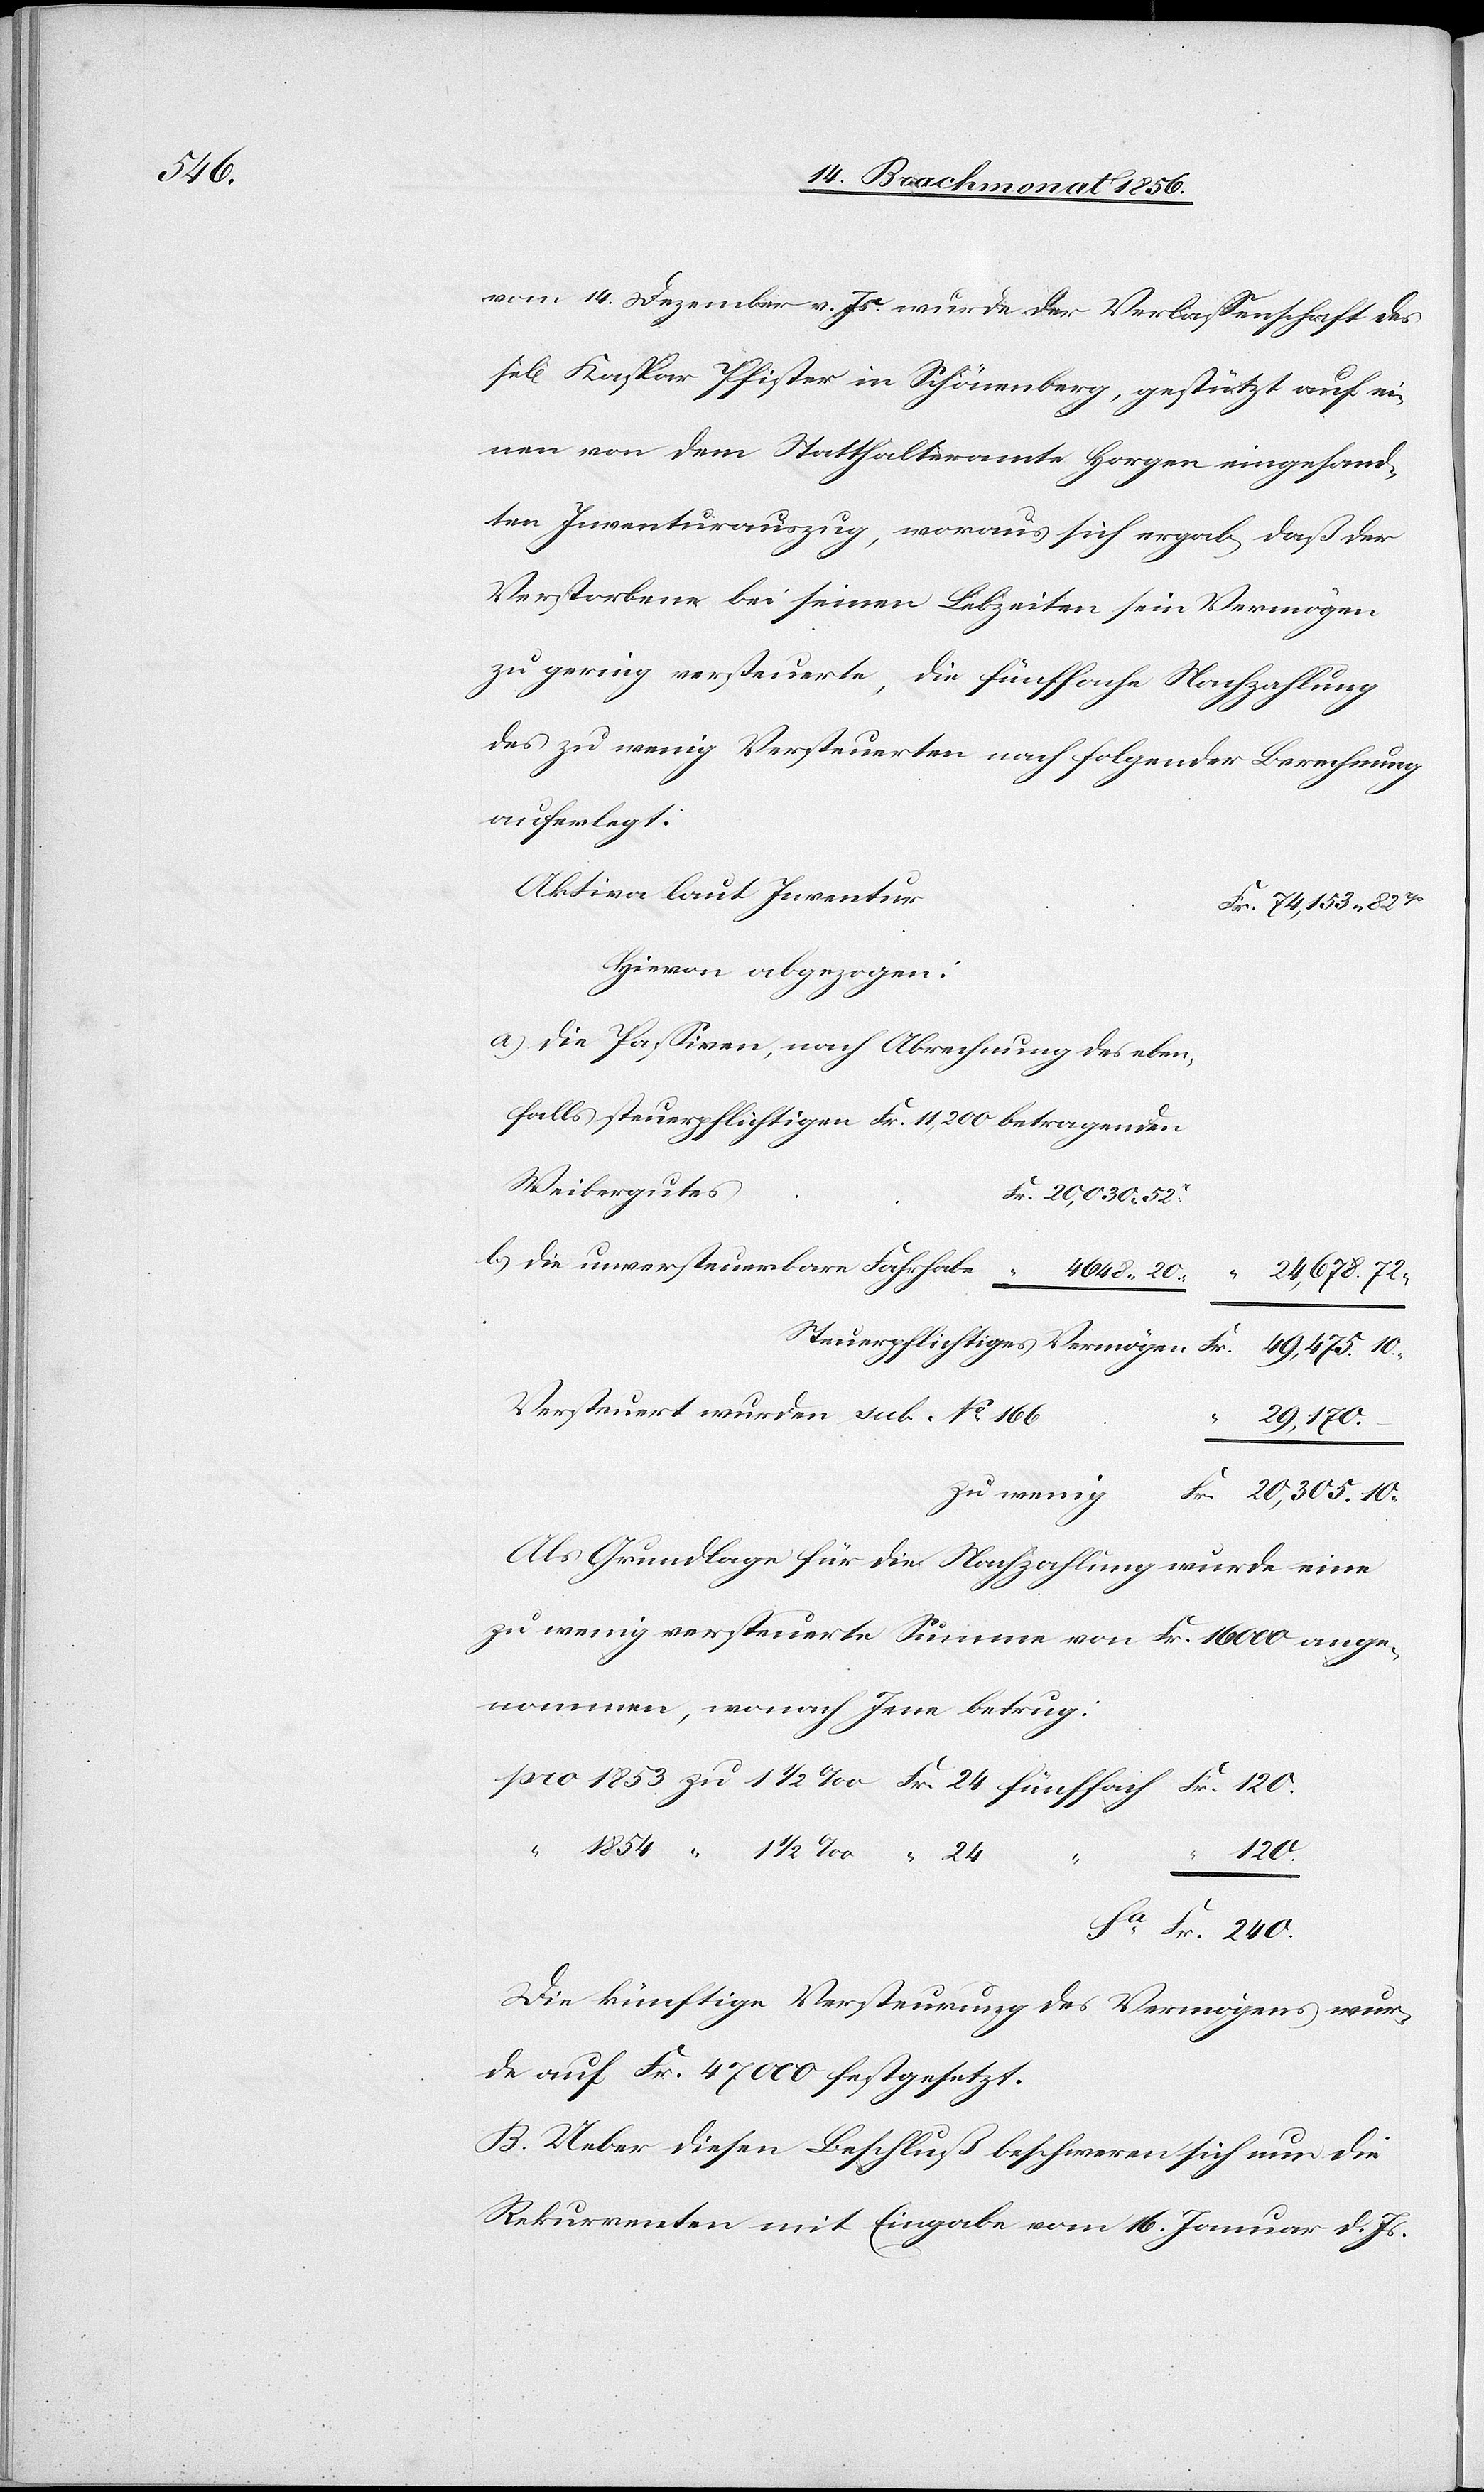
240.

vom 14. Dezember v. Js. wurde der Verlassenschaft des
gen] Kaspar Pfister in Schönenberg, gestützt auf ei¬
nen von dem Statthalteramte Horgen eingesand¬
ten Inventurauszug, woraus sich ergab, daß der
Verstorbene bei seinen Lebzeiten sein Vermögen
zu gering versteuerte, die fünffache Nachzahlung
des zu wenig Versteuerten nach folgender Berechnung
auferlegt:
Aktiva laut Inventar
Hievon abgezogen:
a) die Passiven, nach Abrechnung des eben¬
falls steuerpflichtigen Fr. 11,200 betragenden
Weibergutes
b) die unversteuerbare Fahrhabe
4648.
Steuerpflichtiges Vermögen
Versteuert wurden sub. No 166
29,170.
zu wenig
Als Grundlage für die Nachzahlung wurde eine
zu wenig versteuerte Summe von Fr. 16000 ange¬
nommen, wonach Jene betrug:
Die künftige Versteurung des Vermögens wur¬
de auf Fr. 47000 festgesetzt.
B. Ueber diesen Beschluß beschweren sich nur die
Rekurrenten mit Eingabe vom 16. Januar d. Js.